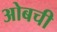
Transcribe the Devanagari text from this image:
ओबची